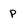
Character: P